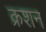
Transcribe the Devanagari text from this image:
क्रशन